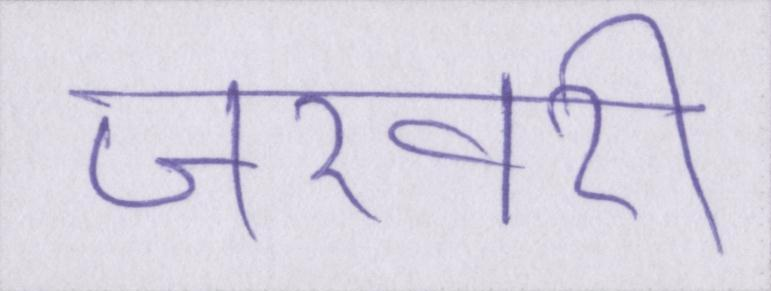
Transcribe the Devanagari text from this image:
जरवरी